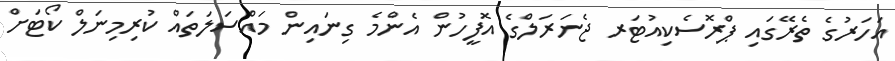
އަހަރުގެ ތެރޭގައި ޕްރޮސެކިއުޓަރ ޖެނަރަލްގެ އޮފީހުން އެންމެ ގިނައިން މައްސަލަތައް ކުރިމިނަލް ކޯޓަށް